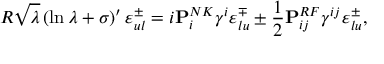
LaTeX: R \sqrt { \lambda } \left( \ln { \lambda } + \sigma \right) ^ { \prime } \varepsilon _ { u l } ^ { \pm } = i { \bf P } _ { i } ^ { N K } \gamma ^ { i } \varepsilon _ { l u } ^ { \mp } \pm { \frac { 1 } { 2 } } { \bf P } _ { i j } ^ { R F } \gamma ^ { i j } \varepsilon _ { l u } ^ { \pm } ,